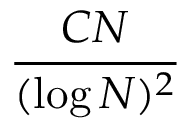
\frac { C N } { ( \log N ) ^ { 2 } }